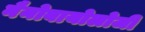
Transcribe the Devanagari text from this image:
नैनोबायोलोजी